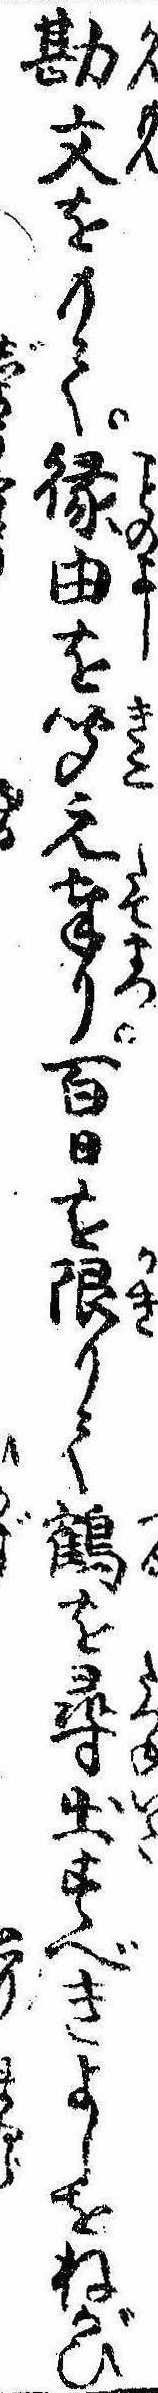
勘文をもて縁由を聞え奉り百日を限りて鶴を尋出すべきよしをねがひ